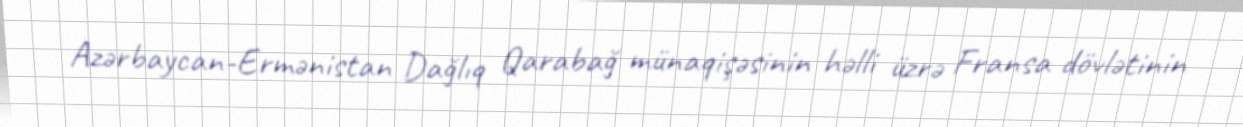
Azərbaycan-Ermənistan Dağlıq Qarabağ münaqişəsinin həlli üzrə Fransa dövlətinin